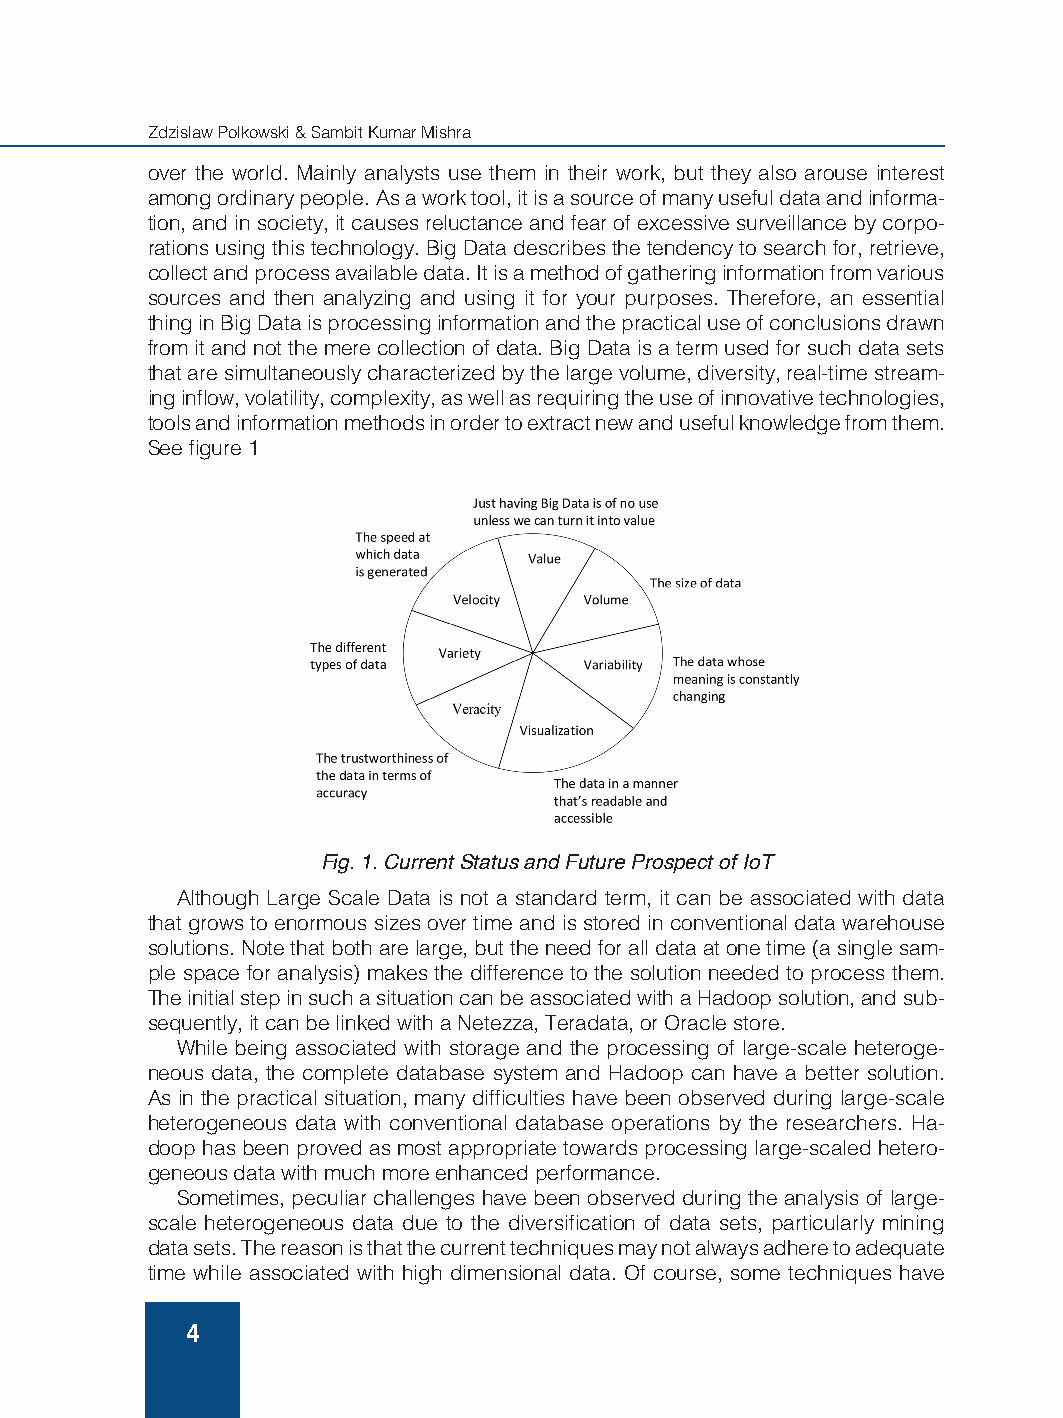
Zdzislaw Polkowski & Sambit Kumar Mishra
 over the world. Mainly analysts use them in their work, but they also arouse interest
 among ordinary people. As a work tool, it is a source of many useful data and informa-
 tion, and in society, it causes reluctance and fear of excessive surveillance by corpo-
 rations using this technology. Big Data describes the tendency to search for, retrieve,
 collect and process available data. It is a method of gathering information from various
 sources and then analyzing and using it for your purposes. Therefore, an essential
 thing in Big Data is processing information and the practical use of conclusions drawn
 from it and not the mere collection of data. Big Data is a term used for such data sets
 that are simultaneously characterized by the large volume, diversity, real-time stream-
 ing inflow, volatility, complexity, as well as requiring the use of innovative technologies,
 tools and information methods in order to extract new and useful knowledge from them.
 See figure 1
 Fig. 1. Current Status and Future Prospect of IoT
 Although Large Scale Data is not a standard term, it can be associated with data
 that grows to enormous sizes over time and is stored in conventional data warehouse
 solutions. Note that both are large, but the need for all data at one time (a single sam-
 ple space for analysis) makes the difference to the solution needed to process them.
 The initial step in such a situation can be associated with a Hadoop solution, and sub-
 sequently, it can be linked with a Netezza, Teradata, or Oracle store.
 While being associated with storage and the processing of large-scale heteroge-
 neous data, the complete database system and Hadoop can have a better solution.
 As in the practical situation, many difficulties have been observed during large-scale
 heterogeneous data with conventional database operations by the researchers. Ha-
 doop has been proved as most appropriate towards processing large-scaled hetero-
 geneous data with much more enhanced performance.
 Sometimes, peculiar challenges have been observed during the analysis of large-
 scale heterogeneous data due to the diversification of data sets, particularly mining
 data sets. The reason is that the current techniques may not always adhere to adequate
 time while associated with high dimensional data. Of course, some techniques have
 4